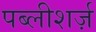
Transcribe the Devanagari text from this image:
पब्लीशर्ज़